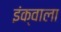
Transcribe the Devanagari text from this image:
इंक्वाला